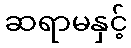
ဆရာမနှင့်